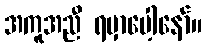
အကူအညီ ရမှာပေါ့နော်။